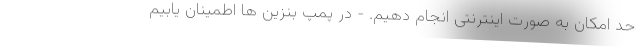
حد امکان به صورت اینترنتی انجام دهیم. - در پمپ بنزین ها اطمینان یابیم